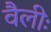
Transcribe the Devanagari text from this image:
वैलीः